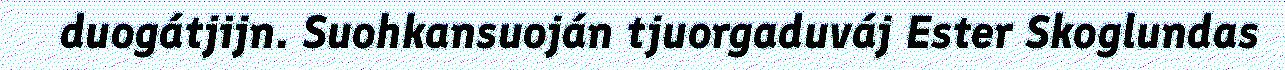
duogátjijn. Suohkansuoján tjuorgaduváj Ester Skoglundas